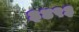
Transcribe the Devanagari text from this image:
३४९३